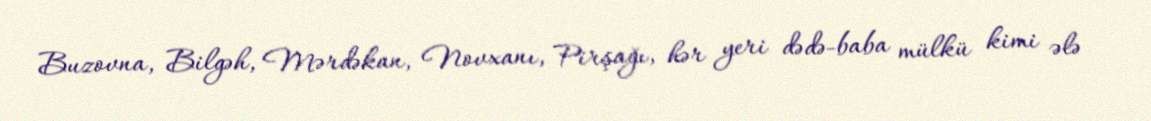
Buzovna, Bilgəh, Mərdəkan, Novxanı, Pirşağı, hər yeri dədə-baba mülkü kimi ələ